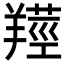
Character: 𦎺